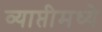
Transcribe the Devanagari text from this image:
व्याप्तीमध्ये